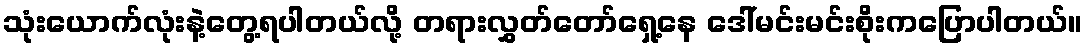
သုံးယောက်လုံးနဲ့တွေ့ရပါတယ်လို့ တရားလွှတ်တော်ရှေ့နေ ဒေါ်မင်းမင်းစိုးကပြောပါတယ်။